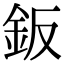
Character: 鈑